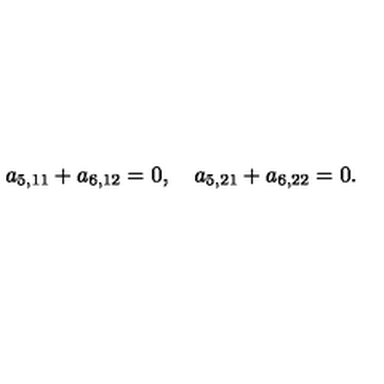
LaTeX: a _ { 5 , 1 1 } + a _ { 6 , 1 2 } = 0 , \quad a _ { 5 , 2 1 } + a _ { 6 , 2 2 } = 0 .